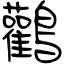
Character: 鸛